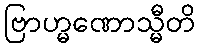
ဗြာဟ္မဏောသ္မီတိ